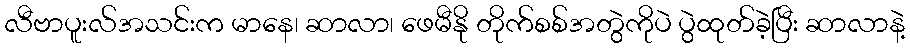
လီဗာပူးလ်အသင်းက မာနေ၊ ဆာလာ၊ ဖေမီနို တိုက်စစ်အတွဲကိုပဲ ပွဲထုတ်ခဲ့ပြီး ဆာလာနဲ့